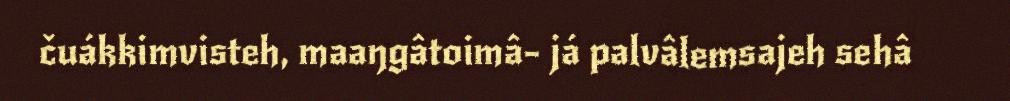
čuákkimvisteh, maaŋgâtoimâ- já palvâlemsajeh sehâ